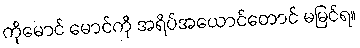
ကိုမောင် မောင်ကို အရိပ်အယောင်တောင် မမြင်ရ။